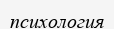
психология